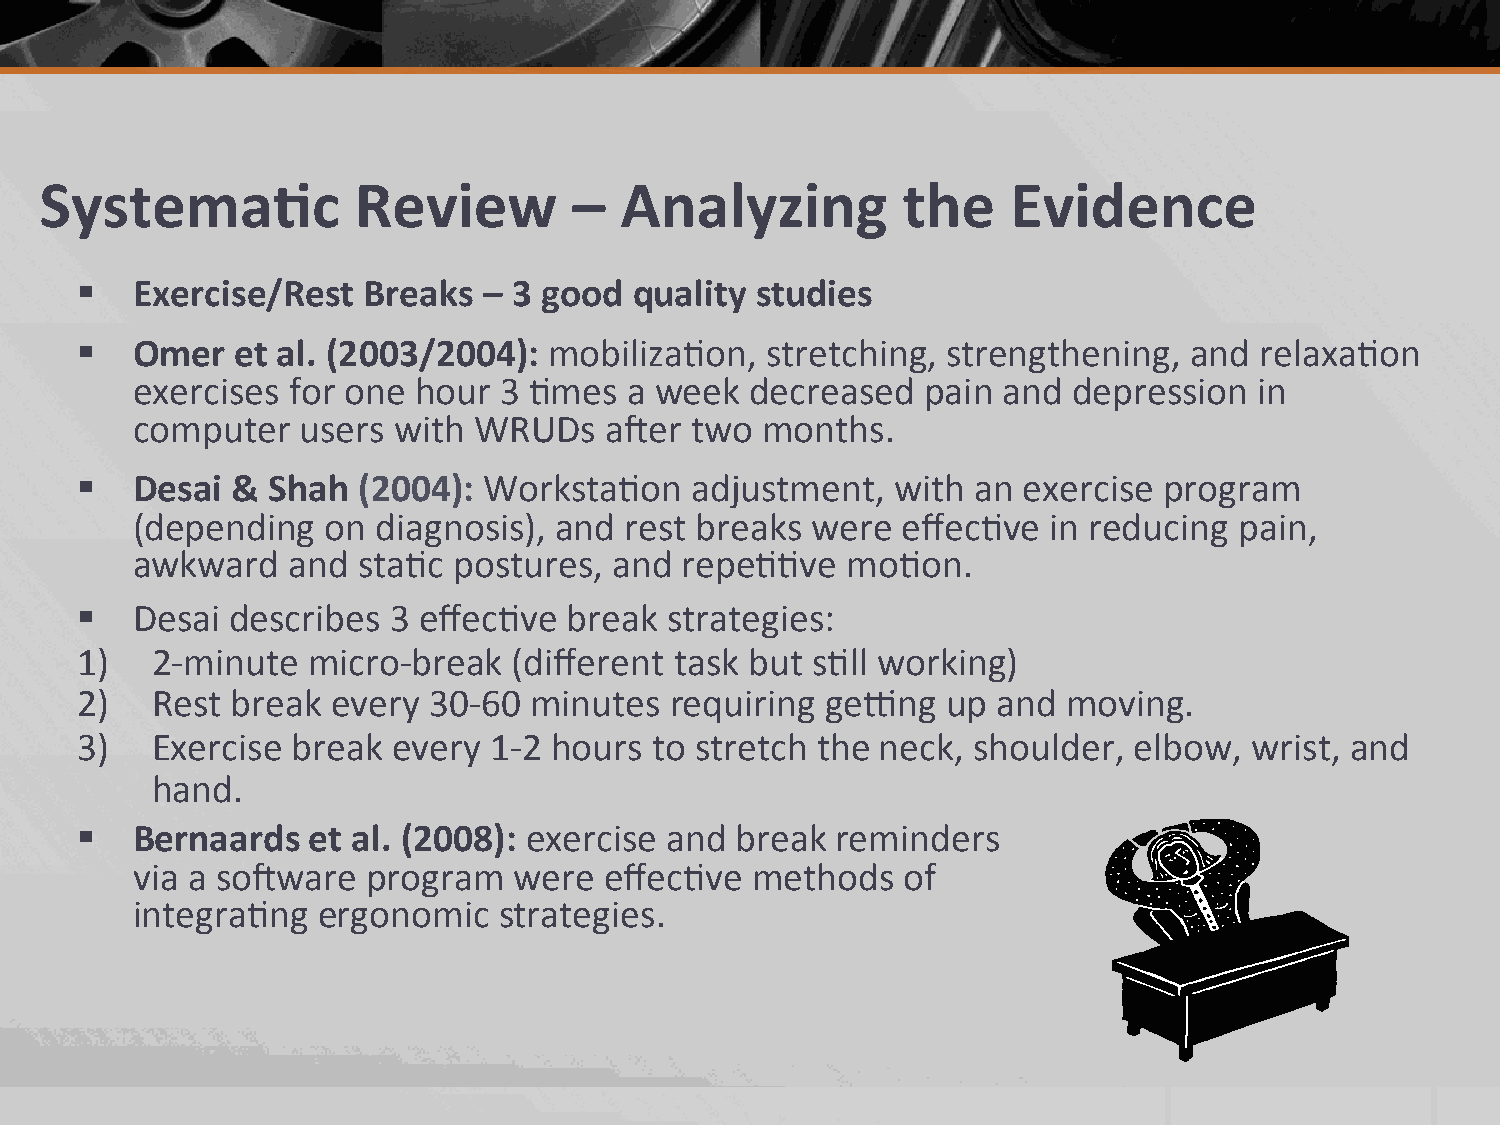
Systema.c           Review         –  Analyzing          the    Evidence
 §  Exercise/Rest  Breaks  – 3 good  quality studies
 §  Omer   et al. (2003/2004): mobiliza2on,   stretching, strengthening,  and relaxa2on
 exercises for one hour  3 2mes  a week   decreased  pain and  depression  in
 computer   users with WRUDs    a;er  two months.
 §  Desai &  Shah  (2004): Worksta2on    adjustment,  with  an exercise program
 (depending   on diagnosis), and rest breaks  were  effec2ve  in reducing pain,
 awkward   and  sta2c postures,  and repe22ve   mo2on.
 §  Desai describes  3 effec2ve  break strategies:
 1)   2-­‐minute micro-­‐break (different task but s2ll working)
 2)   Rest break  every 30-­‐60 minutes requiring  ge{ng   up and  moving.
 3)   Exercise break  every 1-­‐2 hours to stretch the neck, shoulder, elbow,  wrist, and
 hand.
 §  Bernaards  et al. (2008): exercise and  break reminders
 via a so;ware  program   were  effec2ve  methods   of
 integra2ng  ergonomic   strategies.